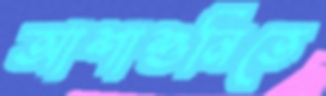
আশাশুনিতে